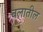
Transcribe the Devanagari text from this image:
बलातील